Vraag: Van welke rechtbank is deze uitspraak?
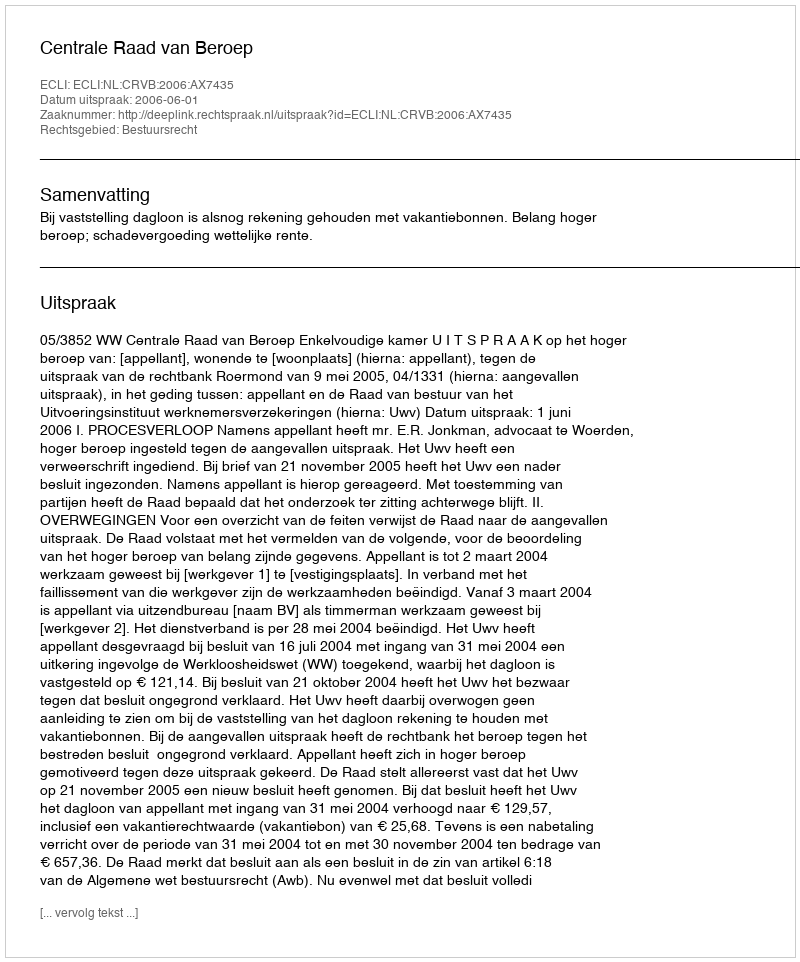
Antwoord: Centrale Raad van Beroep